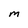
Character: M